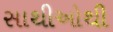
સાથીઓથી